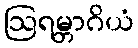
ဩရမ္ဘာဂိယံ